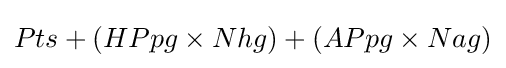
Pts+(HPpg\times Nhg)+(APpg\times Nag)